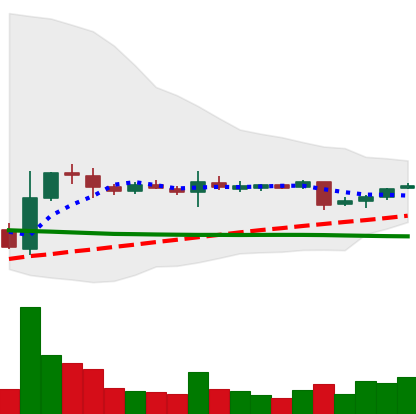
Ticker: XRP-USD
Chart end date: 2018-11-02
Forward return: 16.792%
Label: up_7plus